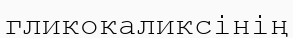
гликокаликсінің